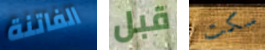
الفاتنة قبل سكت